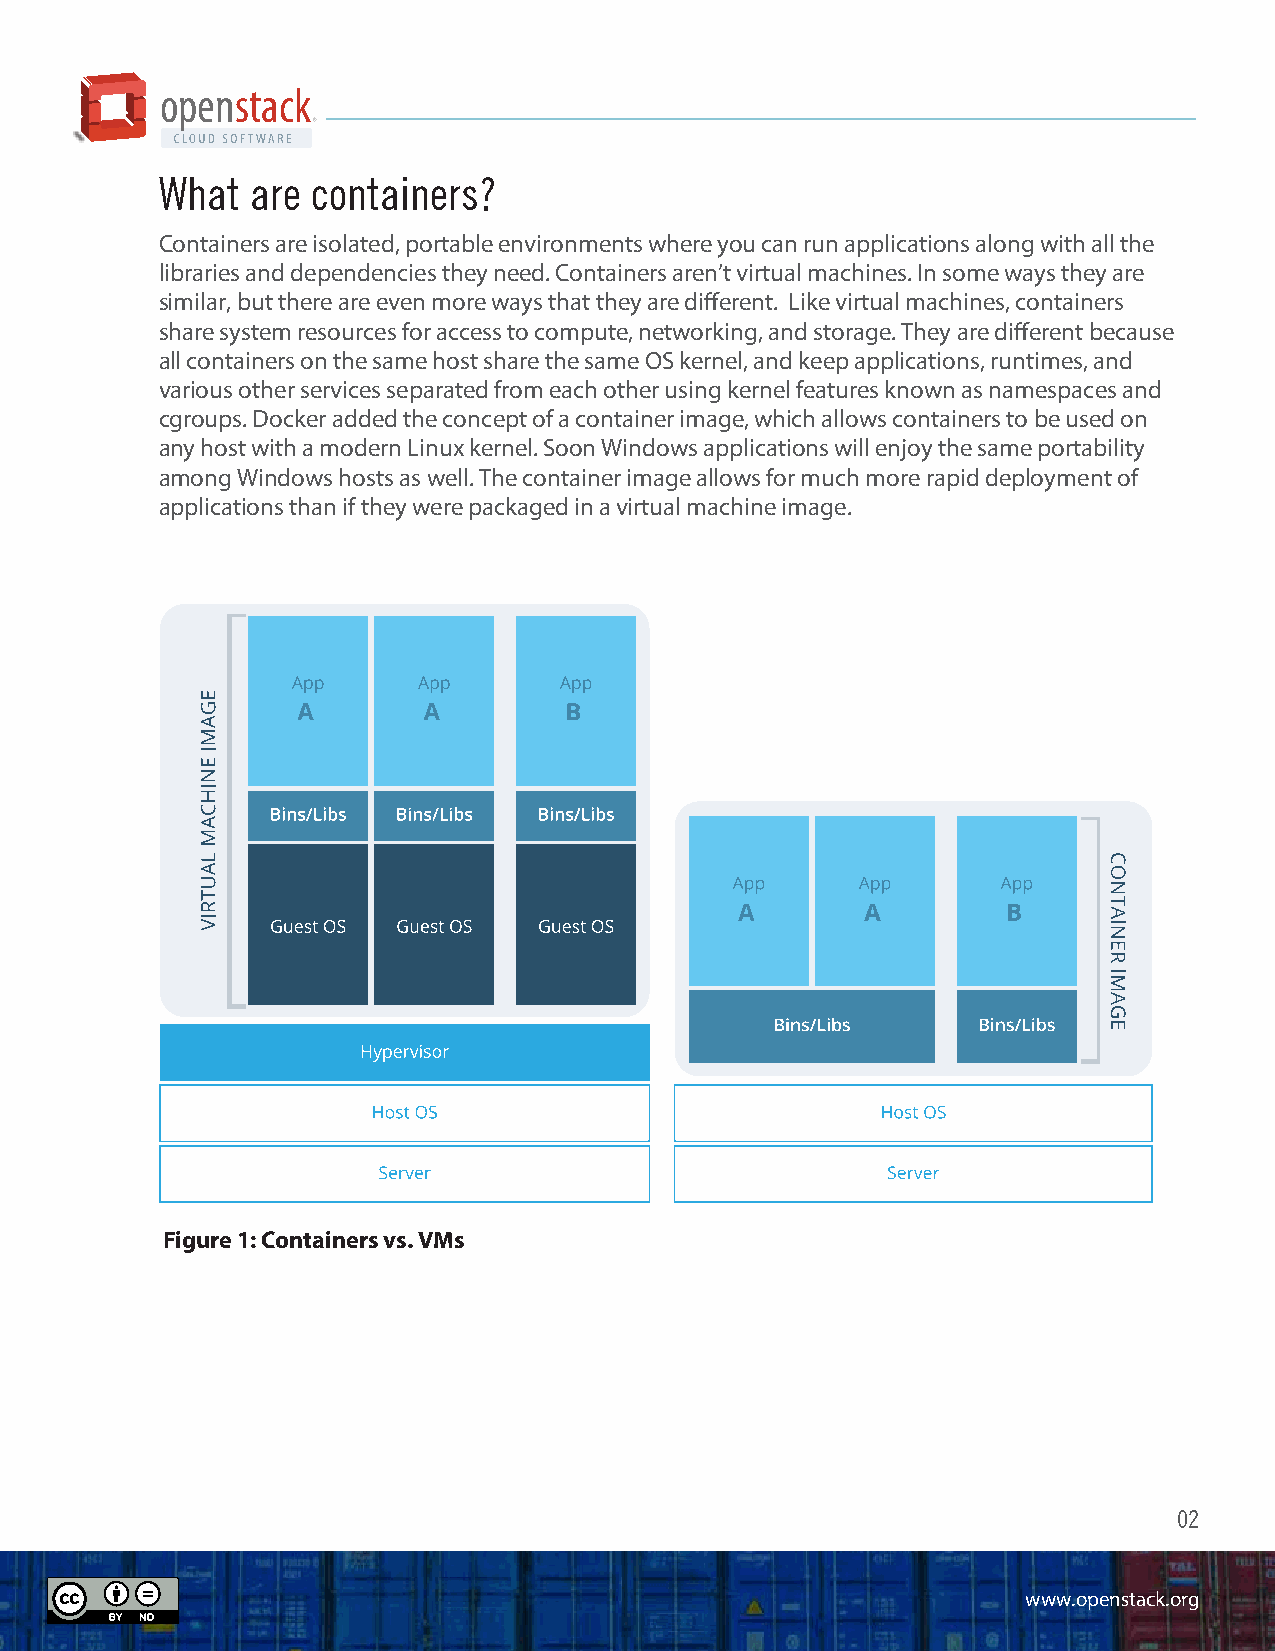
openstack
 ®
 Executive Summary What are containers?
 “The important thing for us as a community is to think about OpenStack as Containers are isolated, portable environments where you can run applications along with all the
 an integration engine that’s agnostic,” Collier said. “That puts users in the best libraries and dependencies they need. Containers aren’t virtual machines. In some ways they are
 position for success. Just like we didn’t reinvent the wheel when it comes to similar, but there are even more ways that they are different. Like virtual machines, containers
 compute, storage and networking, we’ll do the same with containers.” share system resources for access to compute, networking, and storage. They are different because
 - Mark Collier, COO, OpenStack Foundation all containers on the same host share the same OS kernel, and keep applications, runtimes, and
 various other services separated from each other using kernel features known as namespaces and
 Containers are certainly a hot topic. The OpenStack® User Survey indicates over half of the
 cgroups. Docker added the concept of a container image, which allows containers to be used on
 respondents are interested in containers in conjunction with their OpenStack clouds for
 any host with a modern Linux kernel. Soon Windows applications will enjoy the same portability
 production uses. Thanks to new open source initiatives, primarily Docker, containers have
 among Windows hosts as well. The container image allows for much more rapid deployment of
 gained significant popularity lately among Developer and Ops communities alike.
 applications than if they were packaged in a virtual machine image.
 The Linux® kernel has supported containers for several years, and now even Microsoft®
 Windows® is following suit. However, container use in the enterprise remains an emerging
 opportunity since standards are still being formed, the toolset ecosystem around containers
 is relatively new, and ROI is uncertain.
 Containers are an evolving technology and OpenStack is evolving to support them, just as it
 has supported other emerging technologies in the past. Rather than create new vertical silos
 to manage containers in their data centers, IT organizations find value in OpenStack
 providing a cross-platform API to manage virtual machines, containers and bare metal.
 Trevor Pott, writing for The Register, provides perspective.
 Container support is just another example of the basic value proposition for OpenStack - that
 by utilizing OpenStack as the foundation of a cloud strategy, you can add in new, even
 experimental technologies, and then deploy them to production when the time is right, all
 with one underlying cloud infrastructure - without compromising multi-tenant security and
 isolation, management and monitoring, storage and networking and more.
 In order to support accelerating interest in containers and highlight opportunities, this paper Figure 1: Containers vs. VMs
 offers readers a comprehensive understanding of containers and container management in
 the context of OpenStack. This paper will describe how various services related to containers
 are being developed as first-class resources in current and upcoming releases of OpenStack.
 02
 www.openstack.org